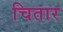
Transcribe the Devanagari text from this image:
चितार